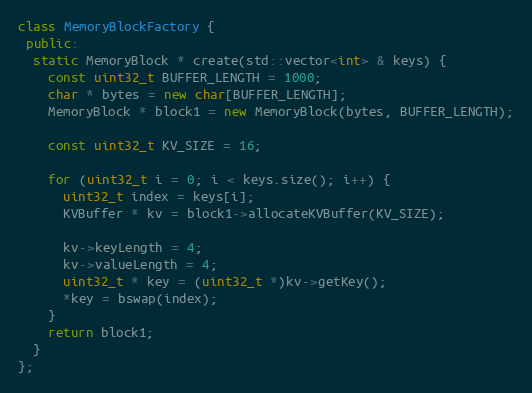
Language: C++
class MemoryBlockFactory {
 public:
  static MemoryBlock * create(std::vector<int> & keys) {
    const uint32_t BUFFER_LENGTH = 1000;
    char * bytes = new char[BUFFER_LENGTH];
    MemoryBlock * block1 = new MemoryBlock(bytes, BUFFER_LENGTH);

    const uint32_t KV_SIZE = 16;

    for (uint32_t i = 0; i < keys.size(); i++) {
      uint32_t index = keys[i];
      KVBuffer * kv = block1->allocateKVBuffer(KV_SIZE);

      kv->keyLength = 4;
      kv->valueLength = 4;
      uint32_t * key = (uint32_t *)kv->getKey();
      *key = bswap(index);
    }
    return block1;
  }
};